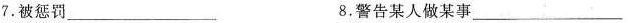
7.被惩罚___ 8.警告某人做某事___